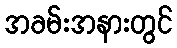
အခမ်းအနားတွင်